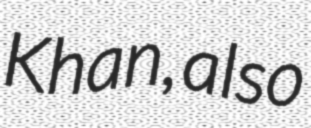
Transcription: Khan, also